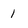
Character: 1